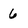
Character: 6